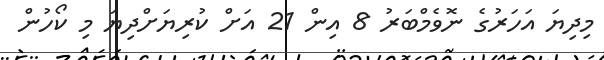
މިދިޔަ އަހަރުގެ ނޮވެމްބަރު 8 އިން 21 އަށް ކުރިޔަށްދިޔަ މި ކޯހުން